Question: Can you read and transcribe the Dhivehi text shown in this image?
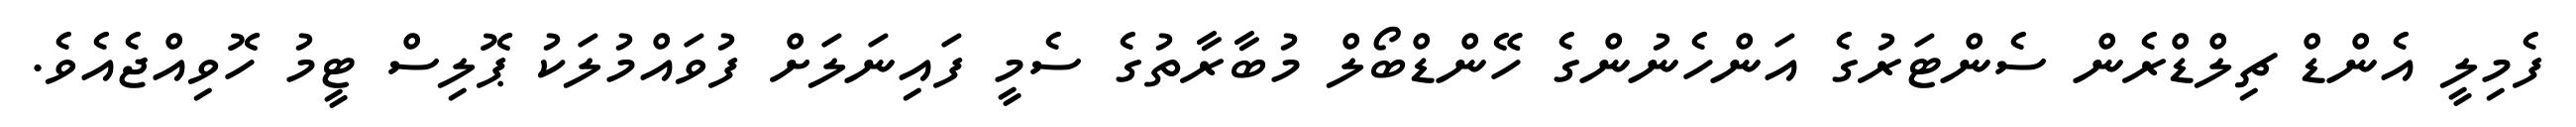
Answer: ފެމިލީ އެންޑް ޗިލްޑްރެން ސެންޓަރުގެ އަންހެނުންގެ ހޭންޑްބޯލް މުބާރާތުގެ ސެމީ ފައިނަލަށް ފުވައްމުލަކު ޕޮލިސް ޓީމު ހޮވިއްޖެއެވެ.